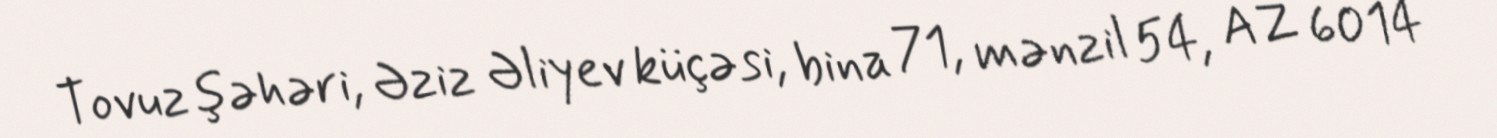
Tovuz şəhəri, Əziz Əliyev küçəsi, bina 71, mənzil 54, AZ 6014